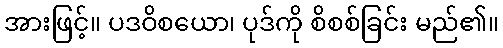
အားဖြင့်။ ပဒဝိစယော၊ ပုဒ်ကို စိစစ်ခြင်း မည်၏။